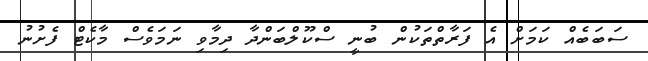
ސަބަބެއް ކަމަށް އެ ފަރާތްތަކުން ބުނީ ސްކޫލްބަންދާ ދިމާވި ނަމަވެސް މާކެޓް ފެށުނު